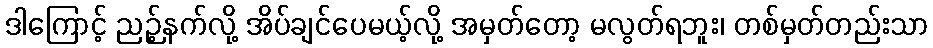
ဒါကြောင့် ညဉ့်နက်လို့ အိပ်ချင်ပေမယ့်လို့ အမှတ်တော့ မလွတ်ရဘူး၊ တစ်မှတ်တည်းသာ